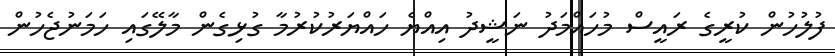
ފުލުހުން ކުރީގެ ރައީސް މުހައްމަދު ނަޝީދު އިއްޔެ ހައްޔަރުކުރުމާ ގުޅިގެން މާލޭގައި ހަމަނުޖެހުން